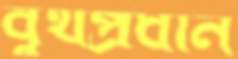
বুথপ্রধান